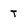
Character: T